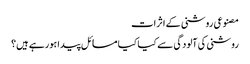
مصنوعی روشنی کے اثرات
روشنی کی آلودگی سے کیا کیا مسائل پیدا ہورہے ہیں؟